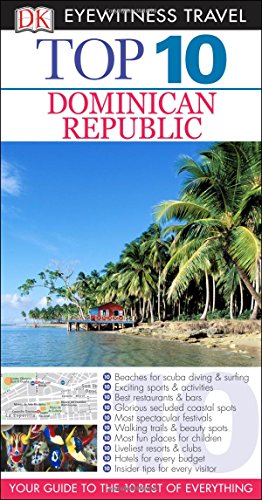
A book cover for Top 10 Dominican Republic (Eyewitness Top 10 Travel Guide); James Ferguson; Travel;